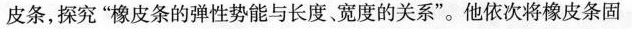
皮条，探究”橡皮条的弹性势能与长度、宽度的关系”。他依次将橡皮条固